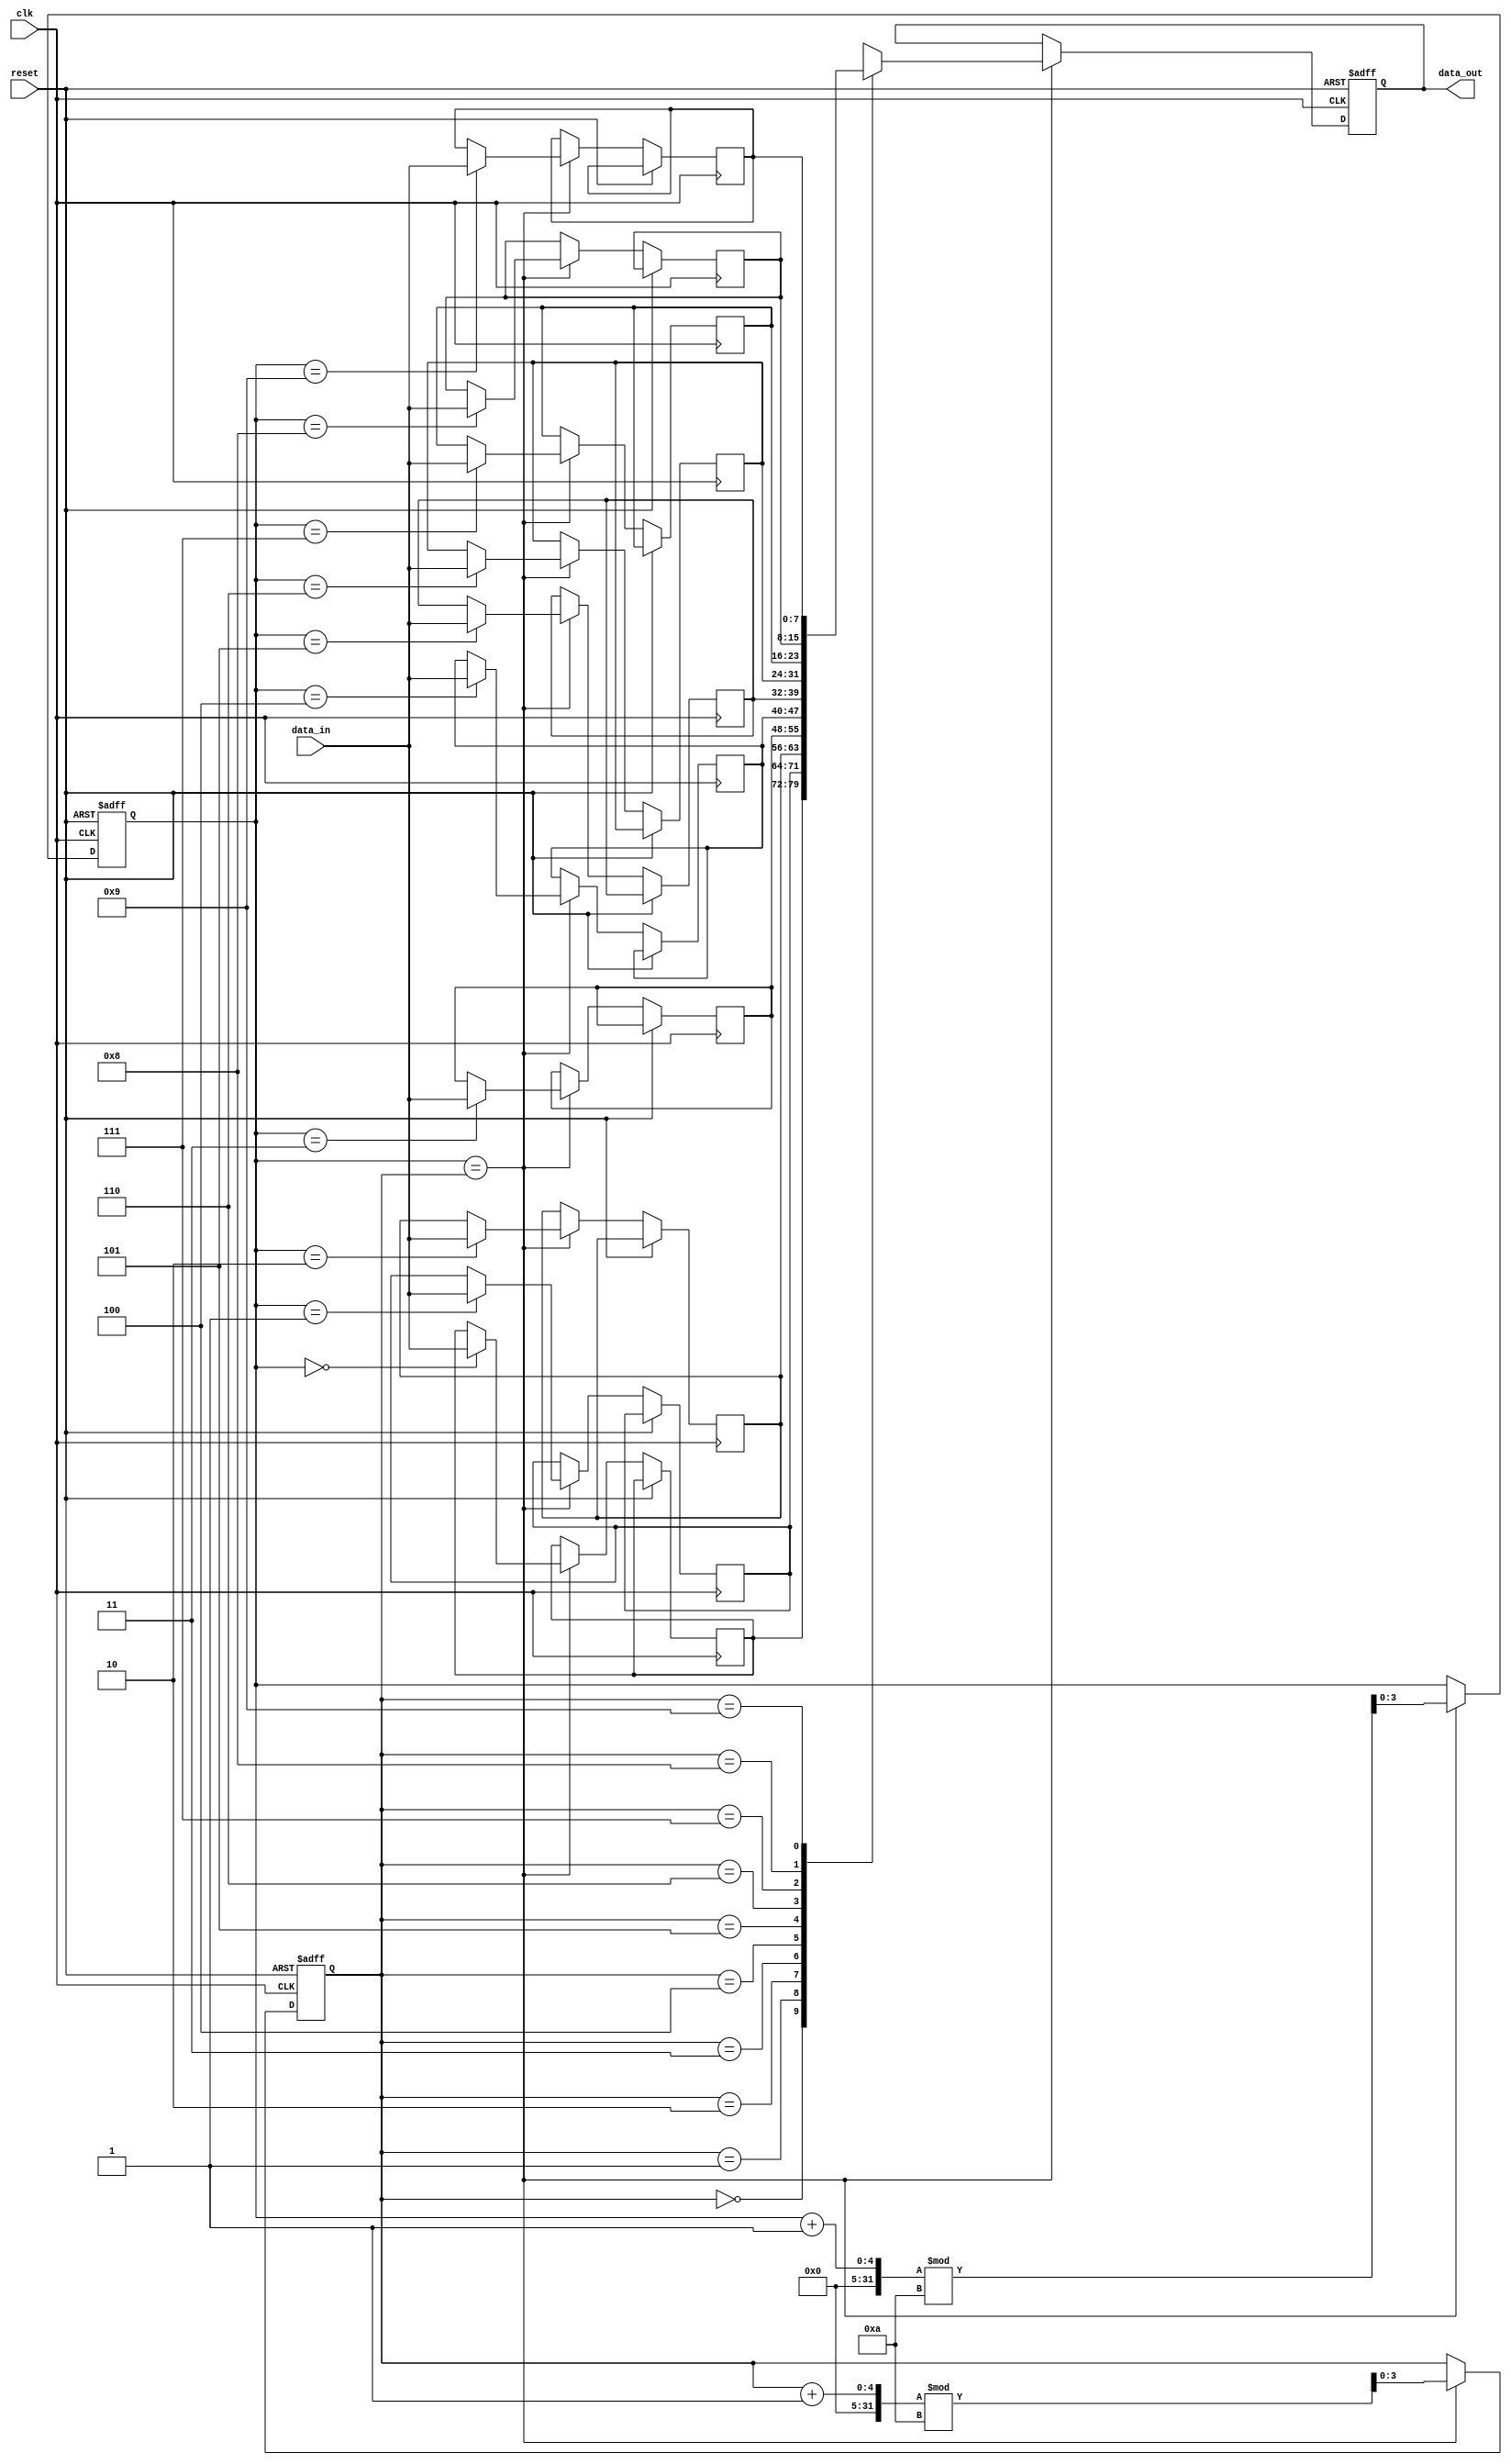
module Buffer_Delay (
    input wire clk,         // Clock signal
    input wire reset,       // Reset signal
    input wire [7:0] data_in,   // Input data to be delayed
    output reg [7:0] data_out   // Output delayed data
);

reg [7:0] buffer [0:9];   // FIFO buffer to store input data
reg [3:0] head;           // Pointer to the head of the buffer
reg [3:0] tail;           // Pointer to the tail of the buffer

always @(posedge clk or posedge reset) begin
    if (reset) begin
        head <= 0;
        tail <= 0;
        data_out <= 8'b0;
    end else begin
        if (head == tail) begin
            buffer[head] <= data_in;
            head <= (head + 1) % 10;
            tail <= (tail + 1) % 10;
            data_out <= buffer[tail];
        end
    end
end

endmodule